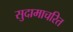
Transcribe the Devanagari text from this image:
सुदामाचरित